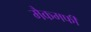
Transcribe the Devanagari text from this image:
मैकमर्फी